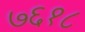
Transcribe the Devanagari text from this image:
७६१८